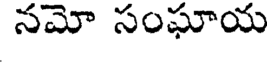
నమో సంఘాయ